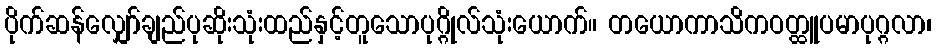
ပိုက်ဆန်လျှော်ချည်ပုဆိုးသုံးထည်နှင့်တူသောပုဂ္ဂိုလ်သုံးယောက်။ တယောကာသိကဝတ္ထူပမာပုဂ္ဂလာ၊